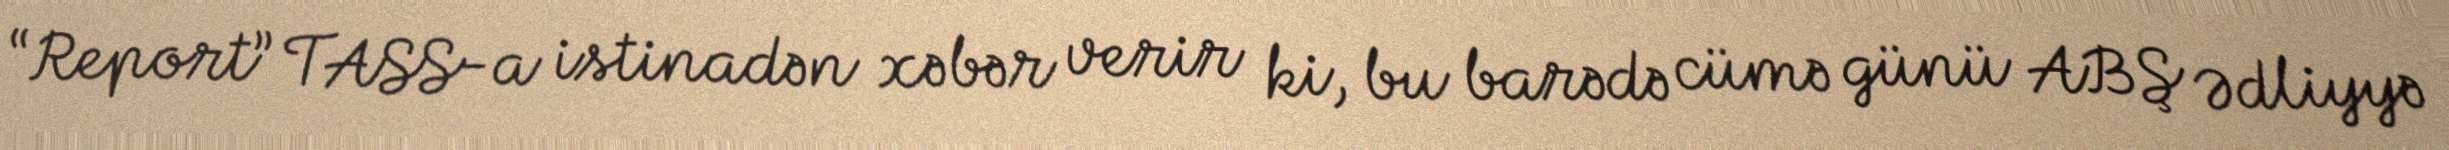
“Report” TASS-a istinadən xəbər verir ki, bu barədə cümə günü ABŞ Ədliyyə